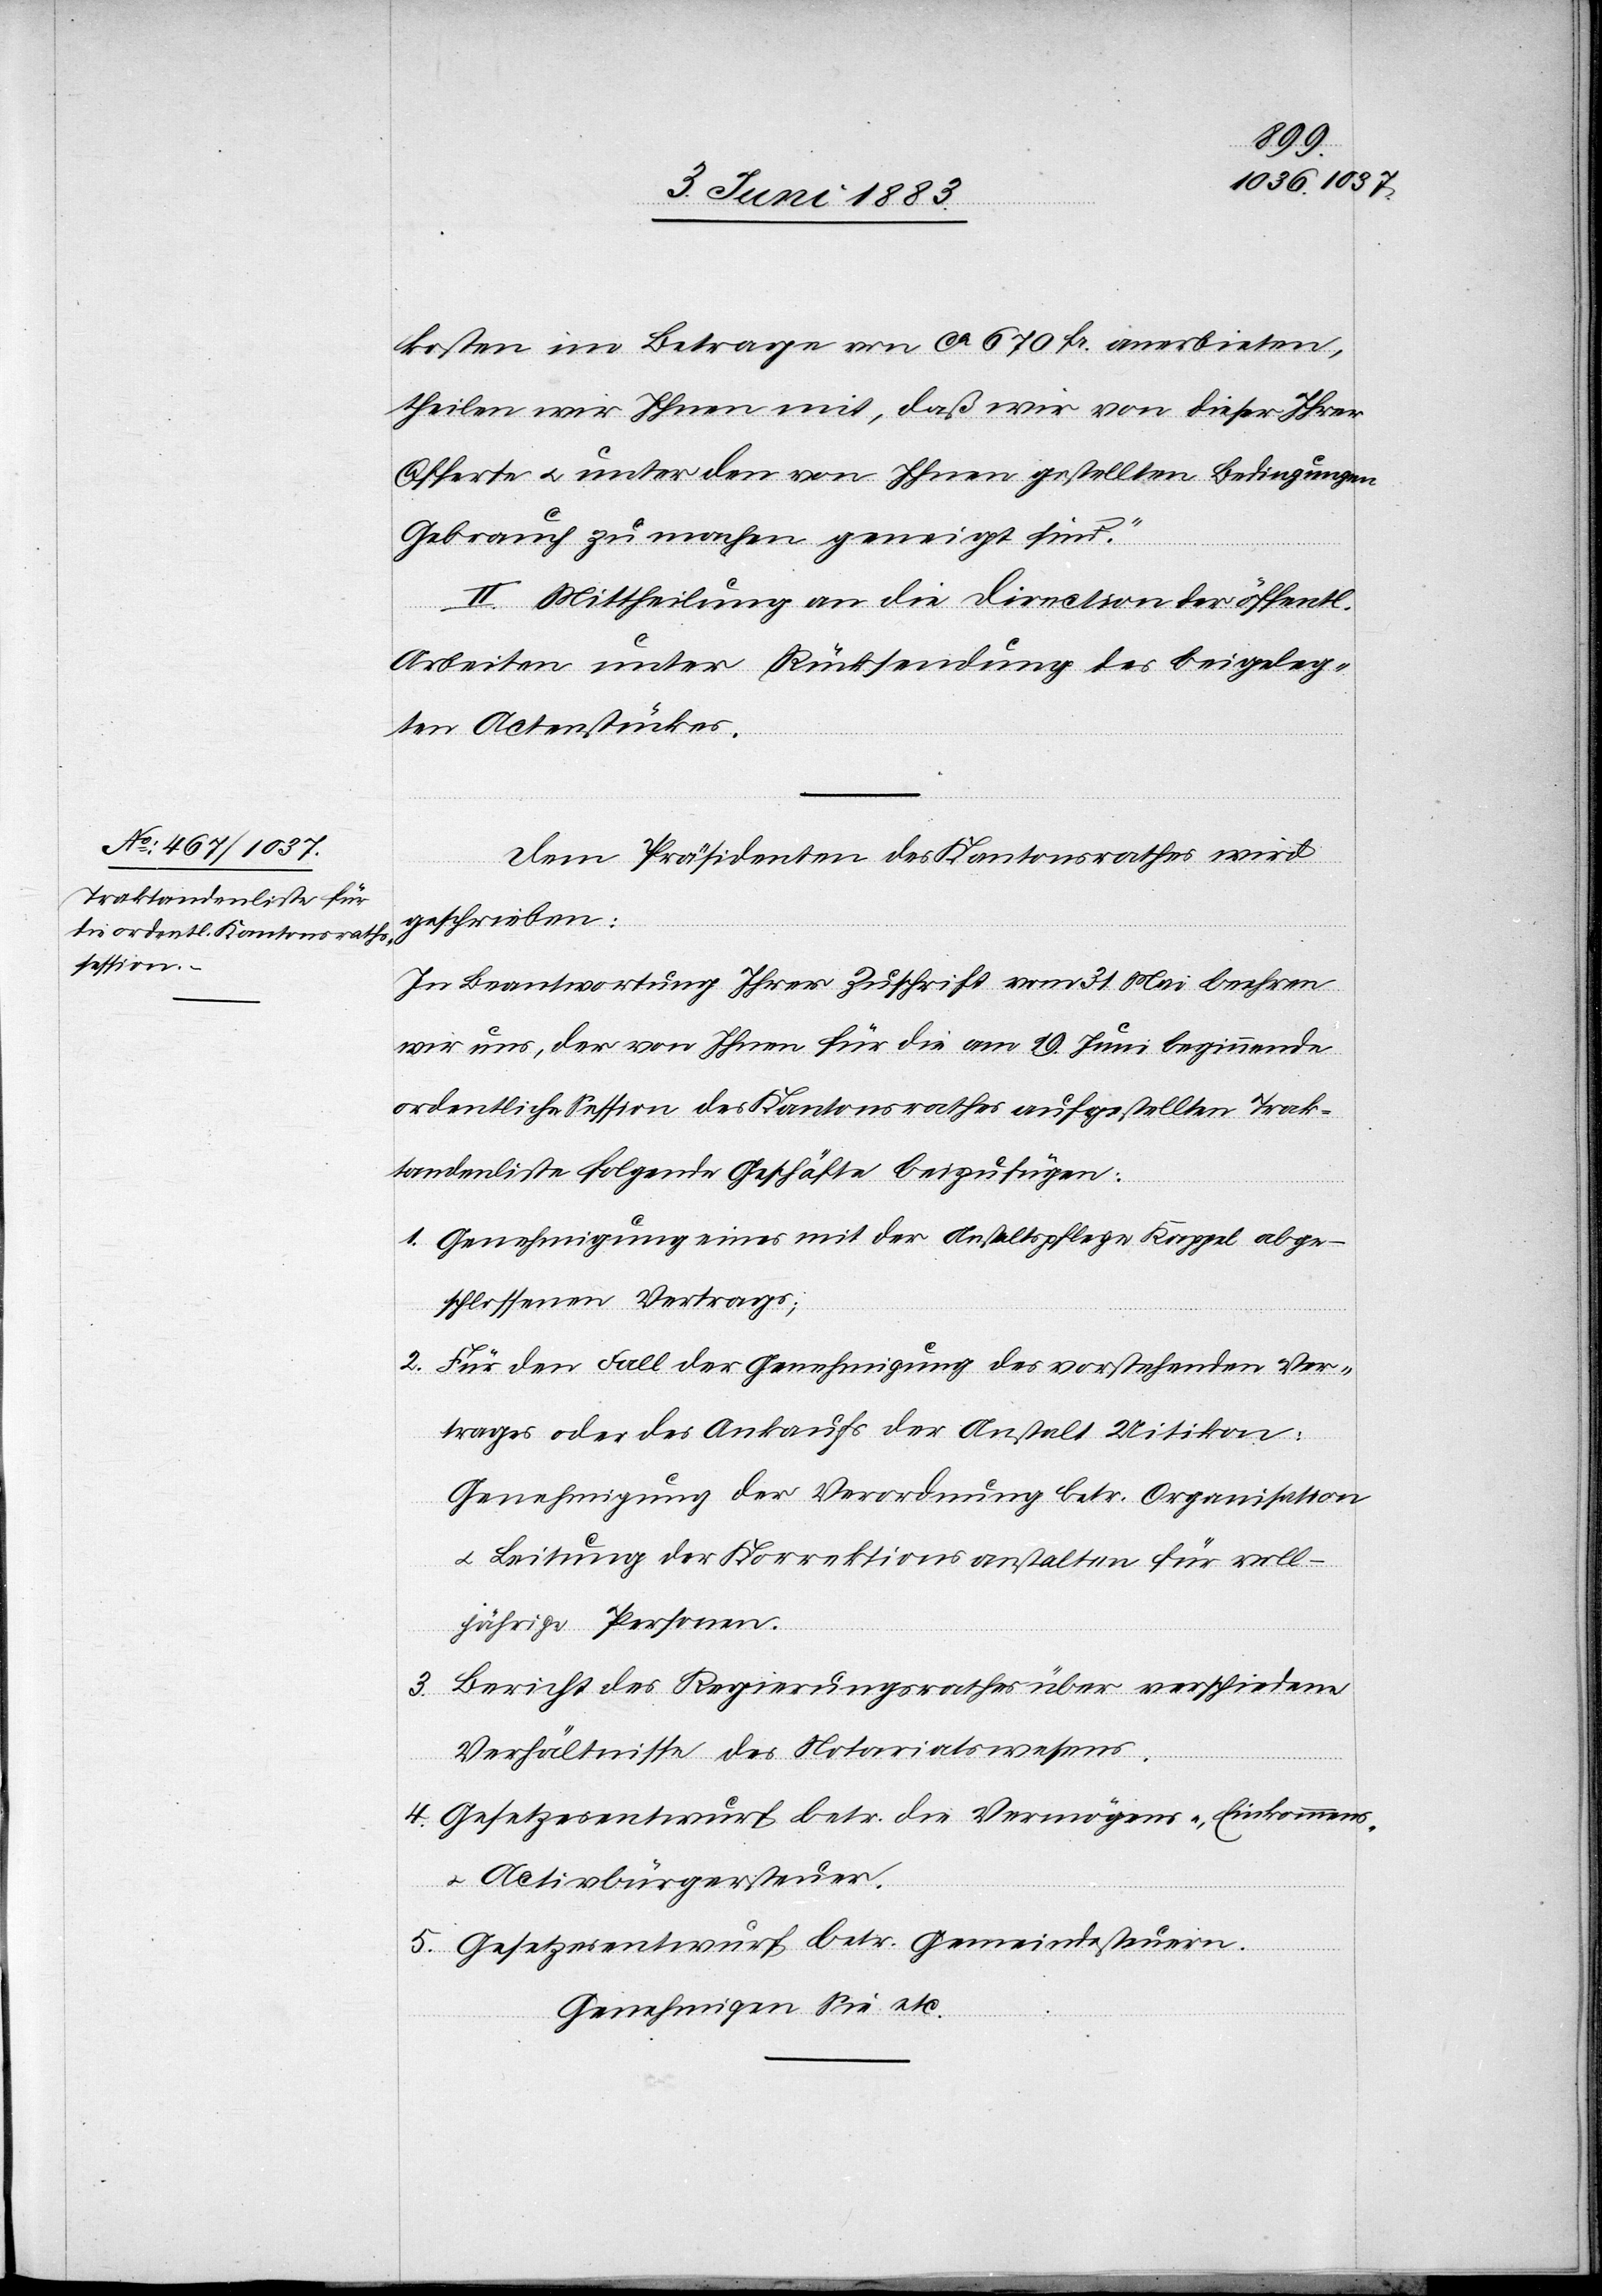
kosten im Betrage von ca 670 Fr. anerbieten,
theilen wir Ihnen mit, daß wir von dieser Ihrer
Offerte u. unter den von Ihnen gestellten Bedingungen
Gebrauch zu machen geneigt sind.“
II. Mittheilung an die Direction der öffentl.
Arbeiten unter Rücksendung des beigeleg¬
ten Actenstückes.
Dem Präsidenten des Kantonsrathes wird
geschrieben:
In Beantwortung Ihrer Zuschrift vom 31. Mai beehren
wir uns, der von Ihnen für die am 19. Juni beginnende
ordentliche Session des Kantonsrathes aufgestellten Trak¬
tandenliste folgende Geschäfte beizufügen:
1. Genehmigung eines mit der Anstaltspflege Kappel abge¬
schlossenen Vertrages;
2. Für den Fall der Genehmigung des vorstehenden Ver¬
trages oder des Ankaufs der Anstalt Uitikon:
Genehmigung der Verordnung betr. Organisation
u. Leitung der Korrektionsanstalten für voll¬
jährige Personen.
3. Bericht des Regierungsrathes über verschiedene
Verhältnisse des Notariatswesens.
4. Gesetzesentwurf betr. die Vermögens-, Einkommens-
u. Activbürgersteuer.
5. Gesetzesentwurf betr. Gemeindesteuern.
Genehmigen Sie etc.